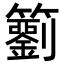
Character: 𥷢